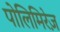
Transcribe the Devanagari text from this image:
पोलिमिरेज़